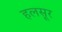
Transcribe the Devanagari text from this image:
हलसूर